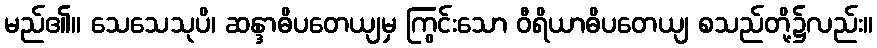
မည်၏။ သေသေသုပိ၊ ဆန္ဒာဓိပတေယျမှ ကြွင်းသော ဝီရိယာဓိပတေယျ စသည်တို့၌လည်း။